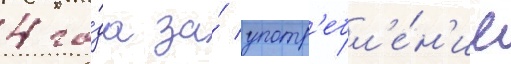
4 го́да за́ употр'ебл'е́н'ие